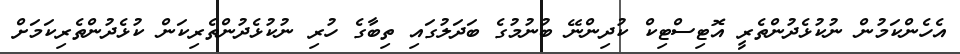
އެހެންކަމުން ނުކުޅެދުންތެރީ އޮޓިސްޓިކް ކުދިންނޭ ބުނުމުގެ ބަދަލުގައި ތިބާގެ ހުރި ނުކުޅެދުންތެރިކަން ކުޅެދުންތެރިކަމަށް